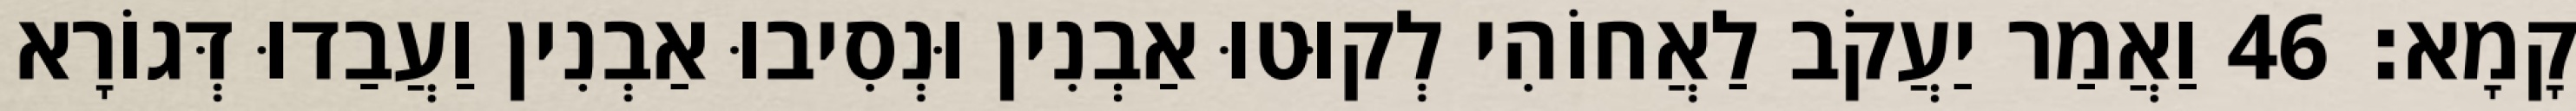
קָמָא׃ 46 וַאֲמַר יַעֲקֹב לַאֲחוֹהִי לְקוּטוּ אַבְנִין וּנְסִיבוּ אַבְנִין וַעֲבַדוּ דְּגוֹרָא